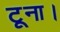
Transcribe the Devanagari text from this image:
टूना।